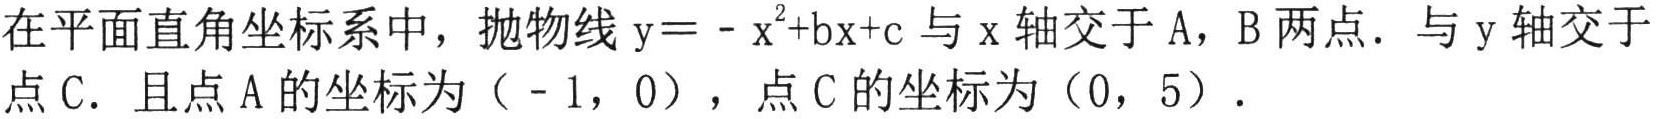
在平面直角坐标系中，抛物线$\mathrm{y}=-{\mathrm{x}}^{2}+\mathrm{b}\mathrm{x}+\mathrm{c}$与$\mathrm{x}$轴交于$\mathrm{A}$，$\mathrm{B}$两点．与$\mathrm{y}$轴交于点$\mathrm{C}$．且点$\mathrm{A}$的坐标为（$-1$，$0$），点$\mathrm{C}$的坐标为（$0$，$5$）．